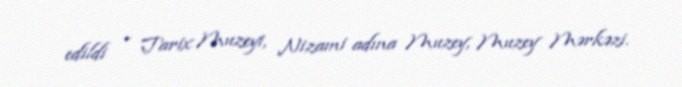
edildi - Tarix Muzeyi, Nizami adına Muzey, Muzey Mərkəzi.